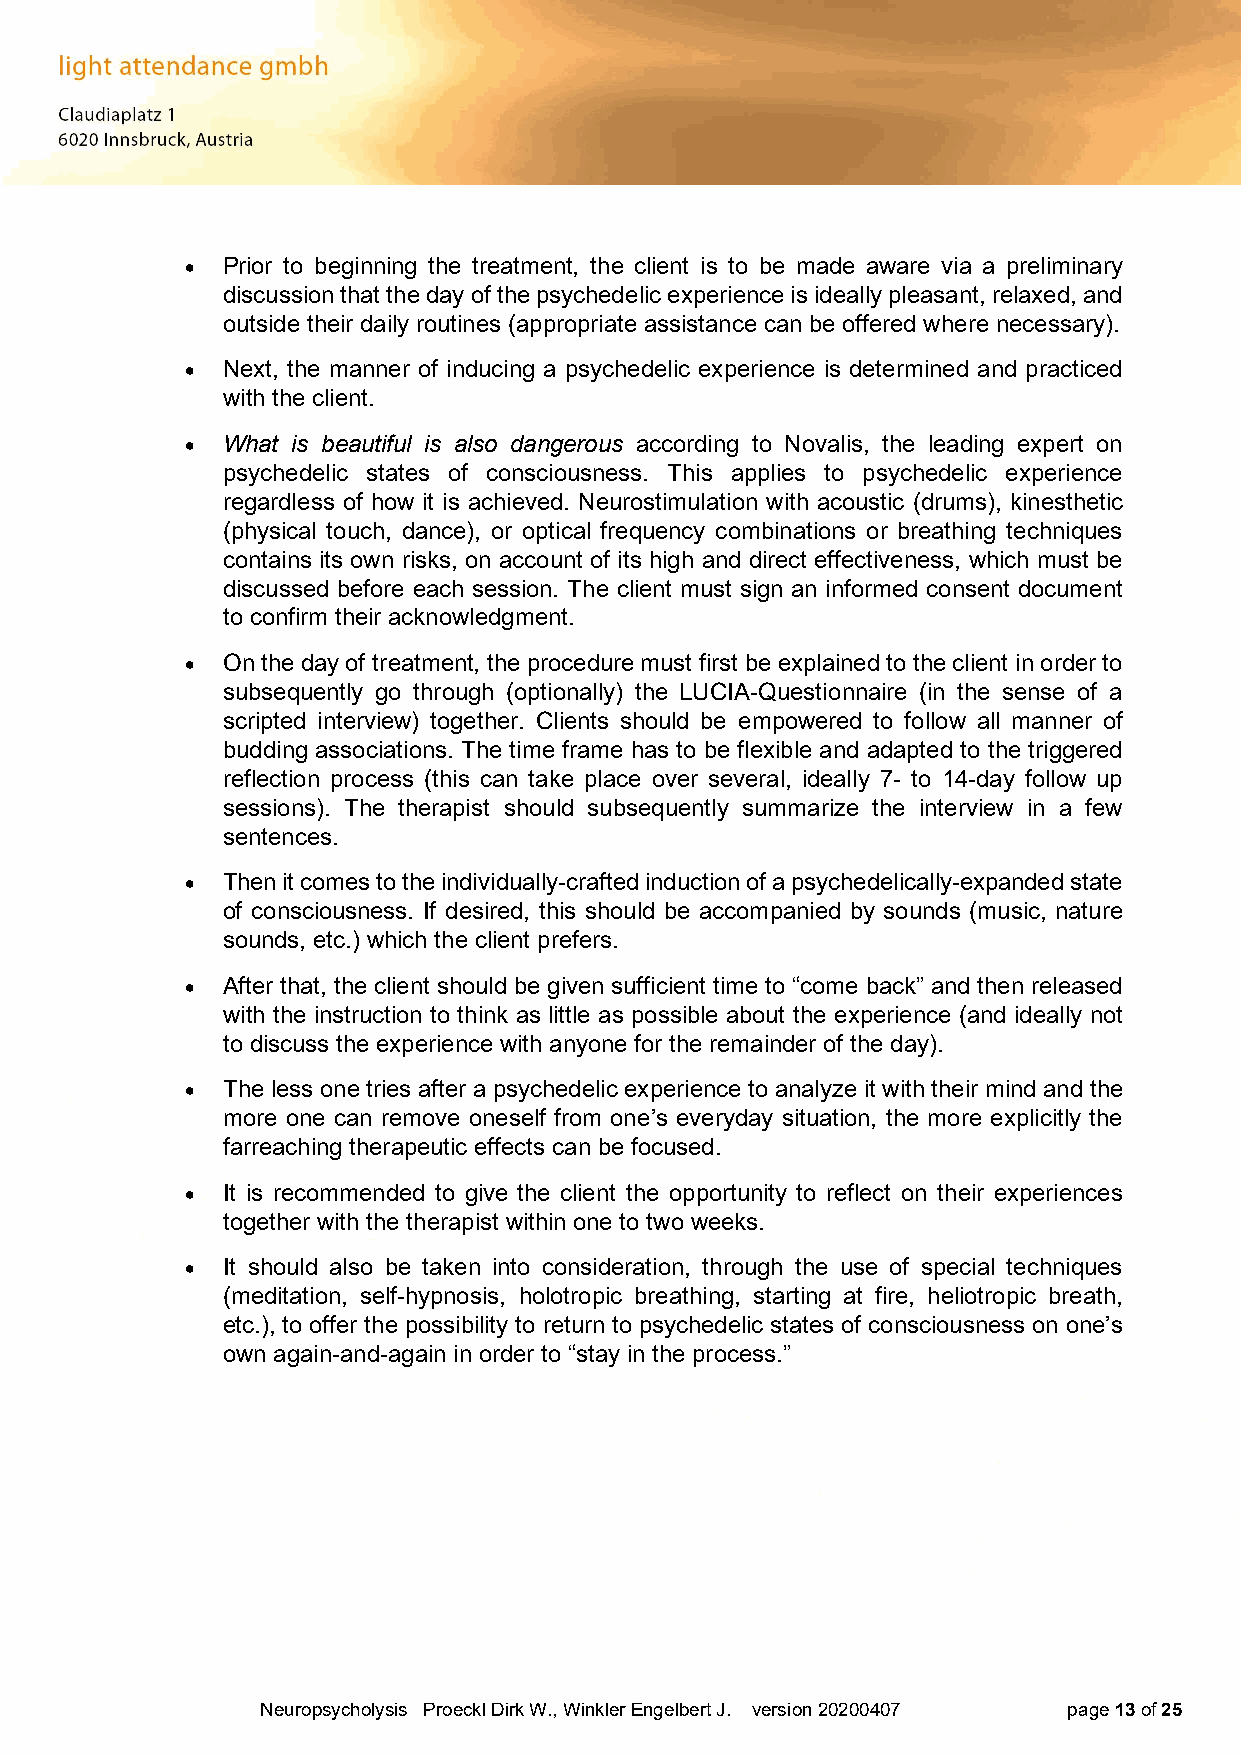
  Prior to beginning the treatment, the client is to be made aware via a preliminary
 discussion that the day of the psychedelic experience is ideally pleasant, relaxed, and
 outside their daily routines (appropriate assistance can be offered where necessary).
   Next, the manner of inducing a psychedelic experience is determined and practiced
 with the client.
   What is beautiful is also dangerous according to Novalis, the leading expert on
 psychedelic states of consciousness. This applies to psychedelic experience
 regardless of how it is achieved. Neurostimulation with acoustic (drums), kinesthetic
 (physical touch, dance), or optical frequency combinations or breathing techniques
 contains its own risks, on account of its high and direct effectiveness, which must be
 discussed before each session. The client must sign an informed consent document
 to confirm their acknowledgment.
   On the day of treatment, the procedure must first be explained to the client in order to
 subsequently go through (optionally) the LUCIA-Questionnaire (in the sense of a
 scripted interview) together. Clients should be empowered to follow all manner of
 budding associations. The time frame has to be flexible and adapted to the triggered
 reflection process (this can take place over several, ideally 7- to 14-day follow up
 sessions). The therapist should subsequently summarize the interview in a few
 sentences.
   Then it comes to the individually-crafted induction of a psychedelically-expanded state
 of consciousness. If desired, this should be accompanied by sounds (music, nature
 sounds, etc.) which the client prefers.
   After that, the client should be given sufficient time to “come back” and then released
 with the instruction to think as little as possible about the experience (and ideally not
 to discuss the experience with anyone for the remainder of the day).
   The less one tries after a psychedelic experience to analyze it with their mind and the
 more one can remove oneself from one’s everyday situation, the more explicitly the
 farreaching therapeutic effects can be focused.
   It is recommended to give the client the opportunity to reflect on their experiences
 together with the therapist within one to two weeks.
   It should also be taken into consideration, through the use of special techniques
 (meditation, self-hypnosis, holotropic breathing, starting at fire, heliotropic breath,
 etc.), to offer the possibility to return to psychedelic states of consciousness on one’s
 own again-and-again in order to “stay in the process.”
 Neuropsycholysis Proeckl Dirk W., Winkler Engelbert J. version 20200407 page 13 of 25